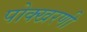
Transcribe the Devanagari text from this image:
पोक्खरणी